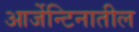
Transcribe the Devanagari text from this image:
आर्जेन्टिनातील